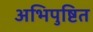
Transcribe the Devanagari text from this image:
अभिपुष्टित